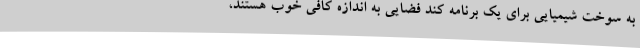
به سوخت شیمیایی برای یک برنامه کند فضایی به اندازه کافی خوب هستند،